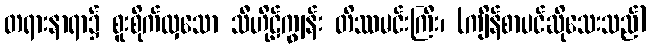
တရားနာရာ၌ စူးစိုက်လှသော သီဟိုဠ်ကျွန်း တိဿမင်းကြီး၊ (ကျိန်စာပင်ဆိုသေးသည်)